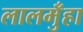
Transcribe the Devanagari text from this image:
लालमुँहा